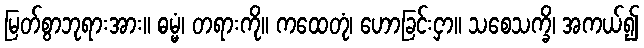
မြတ်စွာဘုရားအား။ ဓမ္မံ၊ တရားကို။ ကထေတုံ၊ ဟောခြင်းငှာ။ သစေသက္ခိ၊ အကယ်၍